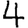
Digit: 4